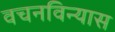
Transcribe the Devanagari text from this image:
वचनविन्यास